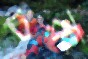
চরু